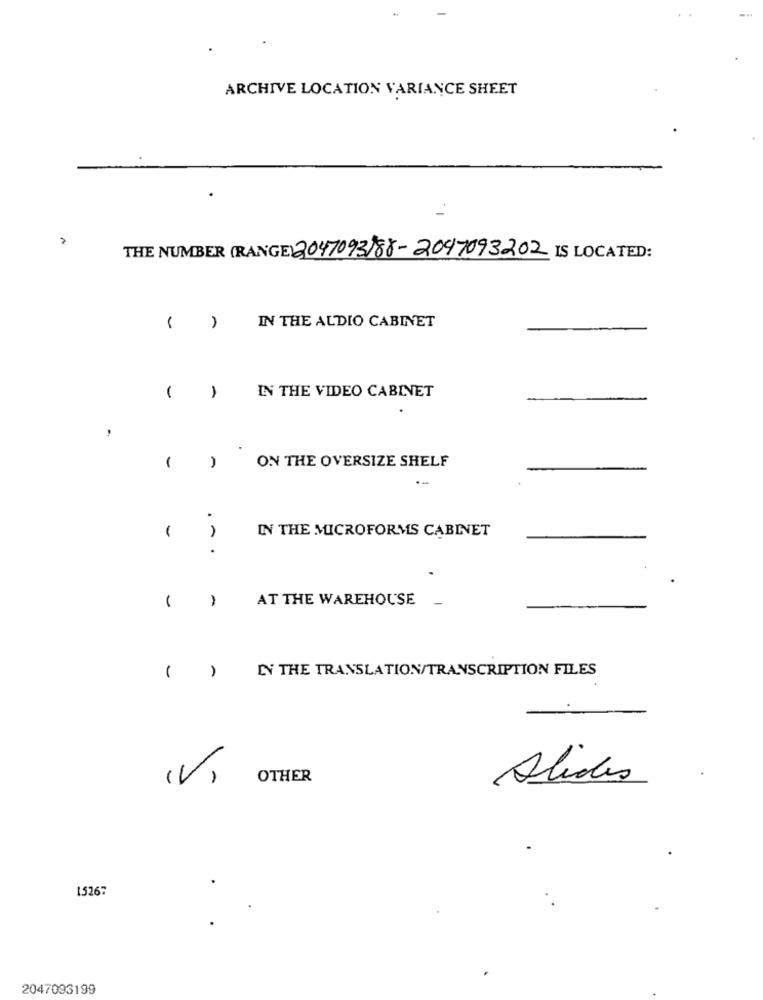
ARCHIVE LOCATION VARIANCE SHEET
THE NUMBER (RANGE) 2047093)88-2047093202 IS LOCATED:
-
IN THE AUDIO CABINET
1
IN THE VIDEO CABINET
-
ON THE OVERSIZE SHELF
.
IN THE MICROFORMS CABINET
.
-
AT THE WAREHOUSE
LY THE TRANSLATION/TRANSCRIPTION FILES
( )
(V)
OTHER
Alides
15267
2047093199